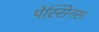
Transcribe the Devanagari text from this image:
पेस्सिनस